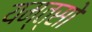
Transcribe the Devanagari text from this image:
यम्त्सो